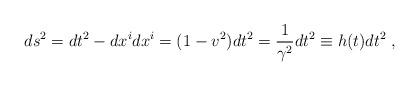
LaTeX: \begin{align*} ds^2 = dt^2 - dx^i dx^i = (1 - v^2)dt^2 = \frac{1}{\gamma^2} dt^2 \equiv h(t) dt^2 \; ,\end{align*}